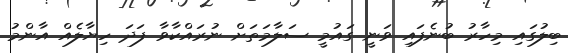
ބިލުގައި މިހާރު ބުނެފައި ވަނީ ގައުމީ ސަލާމަތަށް ނުރައްކާވާ ފަދަ ހިޔާލެއް އާންމު